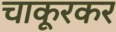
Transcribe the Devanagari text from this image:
चाकूरकर